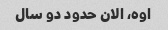
اوه، الان حدود دو سال